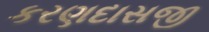
કરણદાસજી